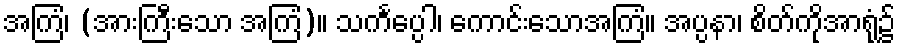
အကြံ၊ (အားကြီးသော အကြံ)။ သင်္ကပ္ပေါ၊ ကောင်းသောအကြံ။ အပ္ပနာ၊ စိတ်ကိုအာရုံ၌